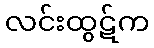
လင်းထွဋ်က